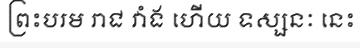
ព្រះបរម រាជ វាំង ហើយ ទស្សនៈ នេះ